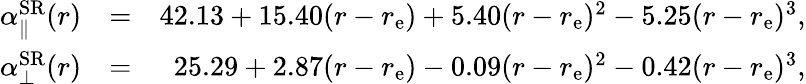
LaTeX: \begin{array}{rlr}{\alpha_{\parallel}^{\mathrm{SR}}(r)}&{=}&{42.13+15.40(r-r_{\mathrm{e}})+5.40(r-r_{\mathrm{e}})^{2}-5.25(r-r_{\mathrm{e}})^{3},}\\ {\alpha_{\bot}^{\mathrm{SR}}(r)}&{=}&{25.29+2.87(r-r_{\mathrm{e}})-0.09(r-r_{\mathrm{e}})^{2}-0.42(r-r_{\mathrm{e}})^{3},}\end{array}